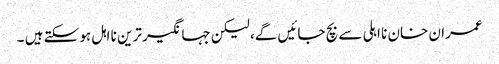
عمران خان نا اہلی سے بچ جائیں گے، لیکن جہانگیر ترین نا اہل ہو سکتے ہیں ۔